King Institute of Preventive Medicine Bacteriolog. Section reports 1907-08
Year: 1907
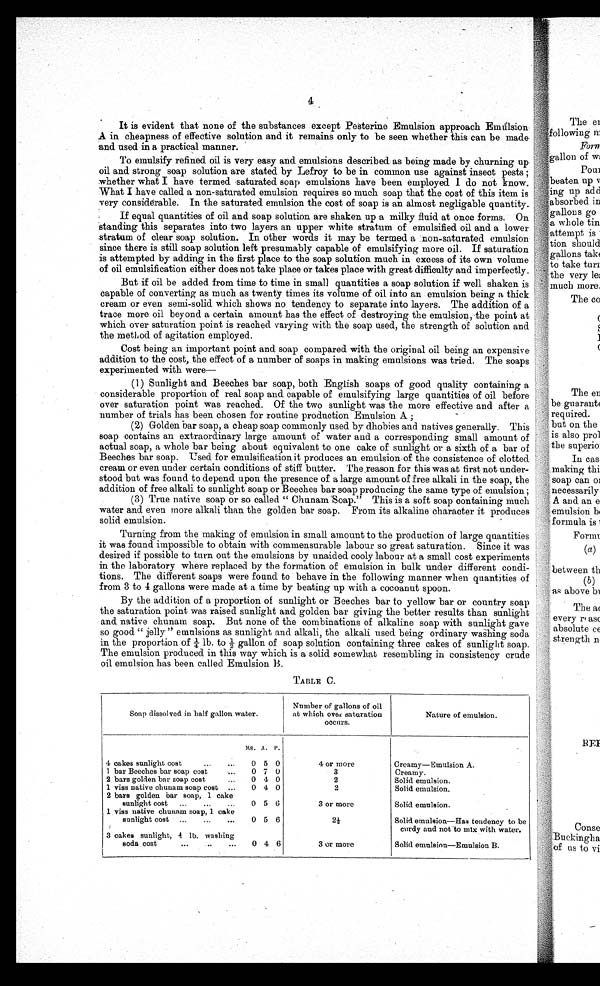
I
4
It is evident that none of the substances except Pesterine Emulsion approach Emulsion
A in cheapness of effective solution and it remains only to be seen whether this can be made
and used in a practical manner.
To emulsify refined oil is very easy and emulsions described as being made by churning up
oil and strong soap solution are stated by Lefroy to be in common use against insect pests ;
whether what I have termed saturated soap emulsions have been employed I do not know.
What I have called a non-saturated emulsion requires so much soap that the cost of this item is
very considerable. In the saturated emulsion the cost of soap is an almost negligible quantity.
If equal quantities of oil and soap solution are shaken up a milky fluid at once forms. On
standing this separates into two layers an upper white stratum of emulsified oil and a lower
stratum of clear soap solution. In other words it may be termed a :non-saturated emulsion
since there is still soap solution left presumably capable of emulsifying more oil. If saturation
is attempted by adding in the first place to the soap solution much in excess of its own volume
of oil emulsification either does not take place or takes place with great difficulty and imperfectly.
But if oil be added from time to time in small quantities a soap solution if well shaken is I
capable of converting as much as twenty times its volume of oil into an emulsion being a thick
cream or even semi-solid which shows no tendency to separate into layers. The addition of a
trace more oil beyond a certain amount has the effect of destroying the emulsion, the point at
which over saturation point is reached varying with the soap used, the strength of solution and
the method of agitation employed.
Cost being an important point and soap compared with the original oil being an expensive
addition to the cost, the effect of a number of soaps in making emulsions was tried. The soaps
experimented with were—
(1) Sunlight and Beeches bar soap, both English soaps of good quality containing a
considerable proportion of real soap and capable of emulsifying large quantities of oil before
over saturation point was reached. Of the two sunlight was the more effective and after a
number of trials has been chosen for routine production Emulsion A ;
(2) Golden bar soap, a cheap soap commonly used by dhobies and natives generally. This
soap contains an extraordinary large amount of water and a corresponding small amount of
actual soap, a whole bar being about equivalent to one cake of sunlight or a sixth of a bar of
Beeches bar soap. Used for emulsification it produces an emulsion of the consistence of clotted
cream or even under certain conditions of stiff butter. The reason for this was at first not under-
stood but was found to depend upon the presence of a large amount of free alkali in the soap, the
addition of free alkali to sunlight soap or Beeches bar soap producing the same type of emulsion;
(3) True native soap or so called "Chunam Soap." This is a soft soap containing much
water and even more alkali than the golden bar soap. From its alkaline character it produces
solid emulsion.
Turning from the making of emulsion in small amount to the production of large quantities
it was found impossible to obtain with commensurable labour so great saturation. Since it was
desired if possible to turn out the emulsions by unaided cooly labour at a small cost experiments
in the laboratory where replaced by the formation of emulsion in bulk under different condi-
tions. The different soaps were found to behave in the following manner when quantities of
from 3 to 4 gallons were made at a time by beating up with a cocoanut spoon.
By the addition of a proportion of sunlight or Beeches bar to yellow bar or country soap
the saturation point was raised sunlight and golden bar giving the better results than sunlight
and native chunam soap. But none of the combinations of alkaline soap with sunlight gave
so good "jelly" emulsions as sunlight and alkali, the alkali used being ordinary washing soda
in the proportion of ¼ lb. to ½ gallon of soap solution containing three cakes of sunlight soap.
The emulsion produced in this way which is a solid somewhat resembling in consistency crude
oil emulsion has been called Emulsion B.
TABLE C.
Soap dissolved in half gallon water.
Number of gallons of oil
at which over saturation
occurs.
Nature of emulsion.
as. A. p.
4 cakes sunlight cost
...
...
0 5 0
1 bar Beeches bar soap cost
...
0 7 0
2 bars golden bar soap cost
...
0 4 0
1 viss native chunam soap cost
...
0 4 0
2 bars golden bar soap, 1 cake
sunlight cost
...
...
...
0 5 6
1 viss native chunam soap, 1 cake
sunlight cost
...
...
...
0 5 6
3 cakes sunlight, 4 lb. washing
soda cost
...
...
...
0 4 6
4 or more
3
2
2
3 or more
2 ½
3 or more
Creamy—Emulsion A.
Creamy.
Solid emulsion.
Solid emulsion.
Solid emulsion.
Solid emulsion—Has tendency to be
curdy and not to mix with water.
Solid emulsion—Emulsion B.